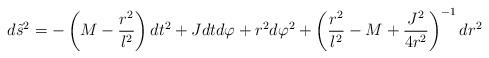
LaTeX: \begin{align*}d{\tilde{s}}^2=-\left(M-\frac{r^2}{l^2}\right)dt^2+Jdtd\varphi +r^2 d\varphi^2 + \left(\frac{r^2}{l^2}-M+\frac{J^2}{4r^2}\right)^{-1}dr^2\end{align*}